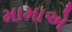
મામાએ